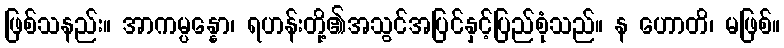
ဖြစ်သနည်း။ အာကမ္ပန္နော၊ ရဟန်းတို့၏အသွင်အပြင်နှင့်ပြည်စုံသည်။ န ဟောတိ၊ မဖြစ်။